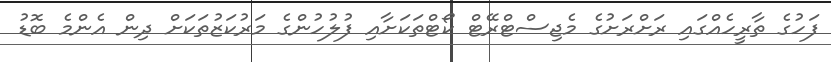
ފަހުގެ ތާރީހެއްގައި ރަށްރަށުގެ މެޖިސްޓްރޭޓް ކޯޓްތަކަށާއި ފުލުހުންގެ މަރުކަޒުތަކަށް ދިން އެންމެ ބޮޑު